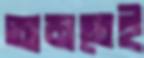
অমতেই